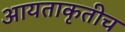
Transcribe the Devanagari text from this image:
आयताकृतीच